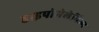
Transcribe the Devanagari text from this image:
हाइपोमेलेनिज्म